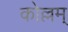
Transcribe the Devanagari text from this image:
कोल्लम्‌